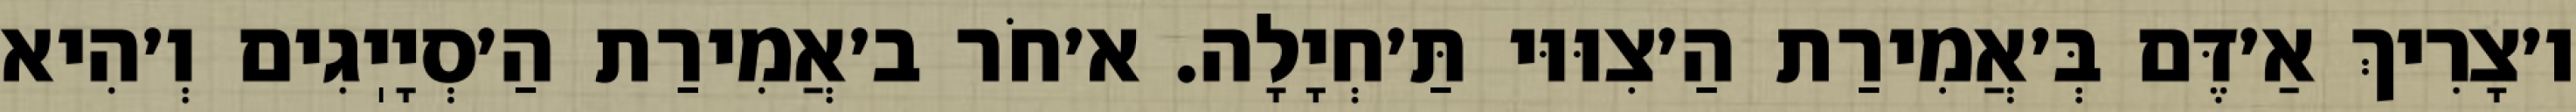
ו׳צָרִיךְ אַ׳דֶּם בְּ׳אֲמִירַת הַ׳צִוּוּי תַּ׳חְיָלָה. א׳חֹר ב׳אֲמִירַת הַ׳סְיָיֽגִים וְ׳הִיא